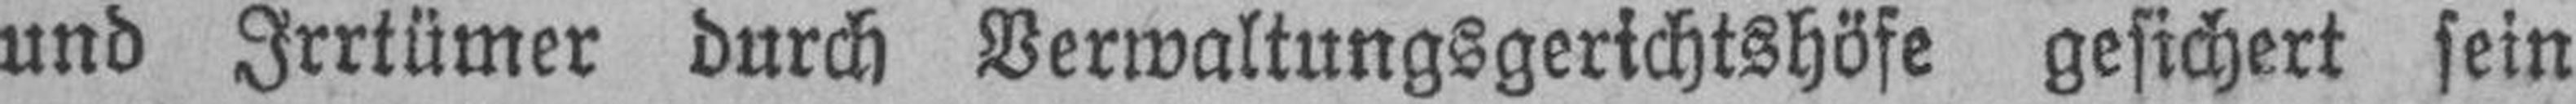
und Irrtümer durch Verwaltungsgerichtshöfe gesichert sein